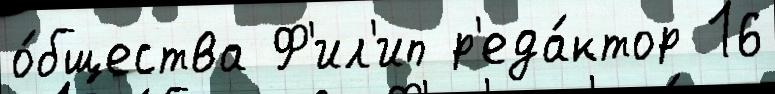
о́бщества Ф'ил'ип р'еда́ктор 16